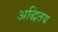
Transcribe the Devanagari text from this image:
अद्धितय